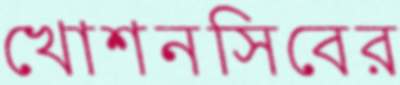
খোশনসিবের